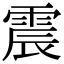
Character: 震